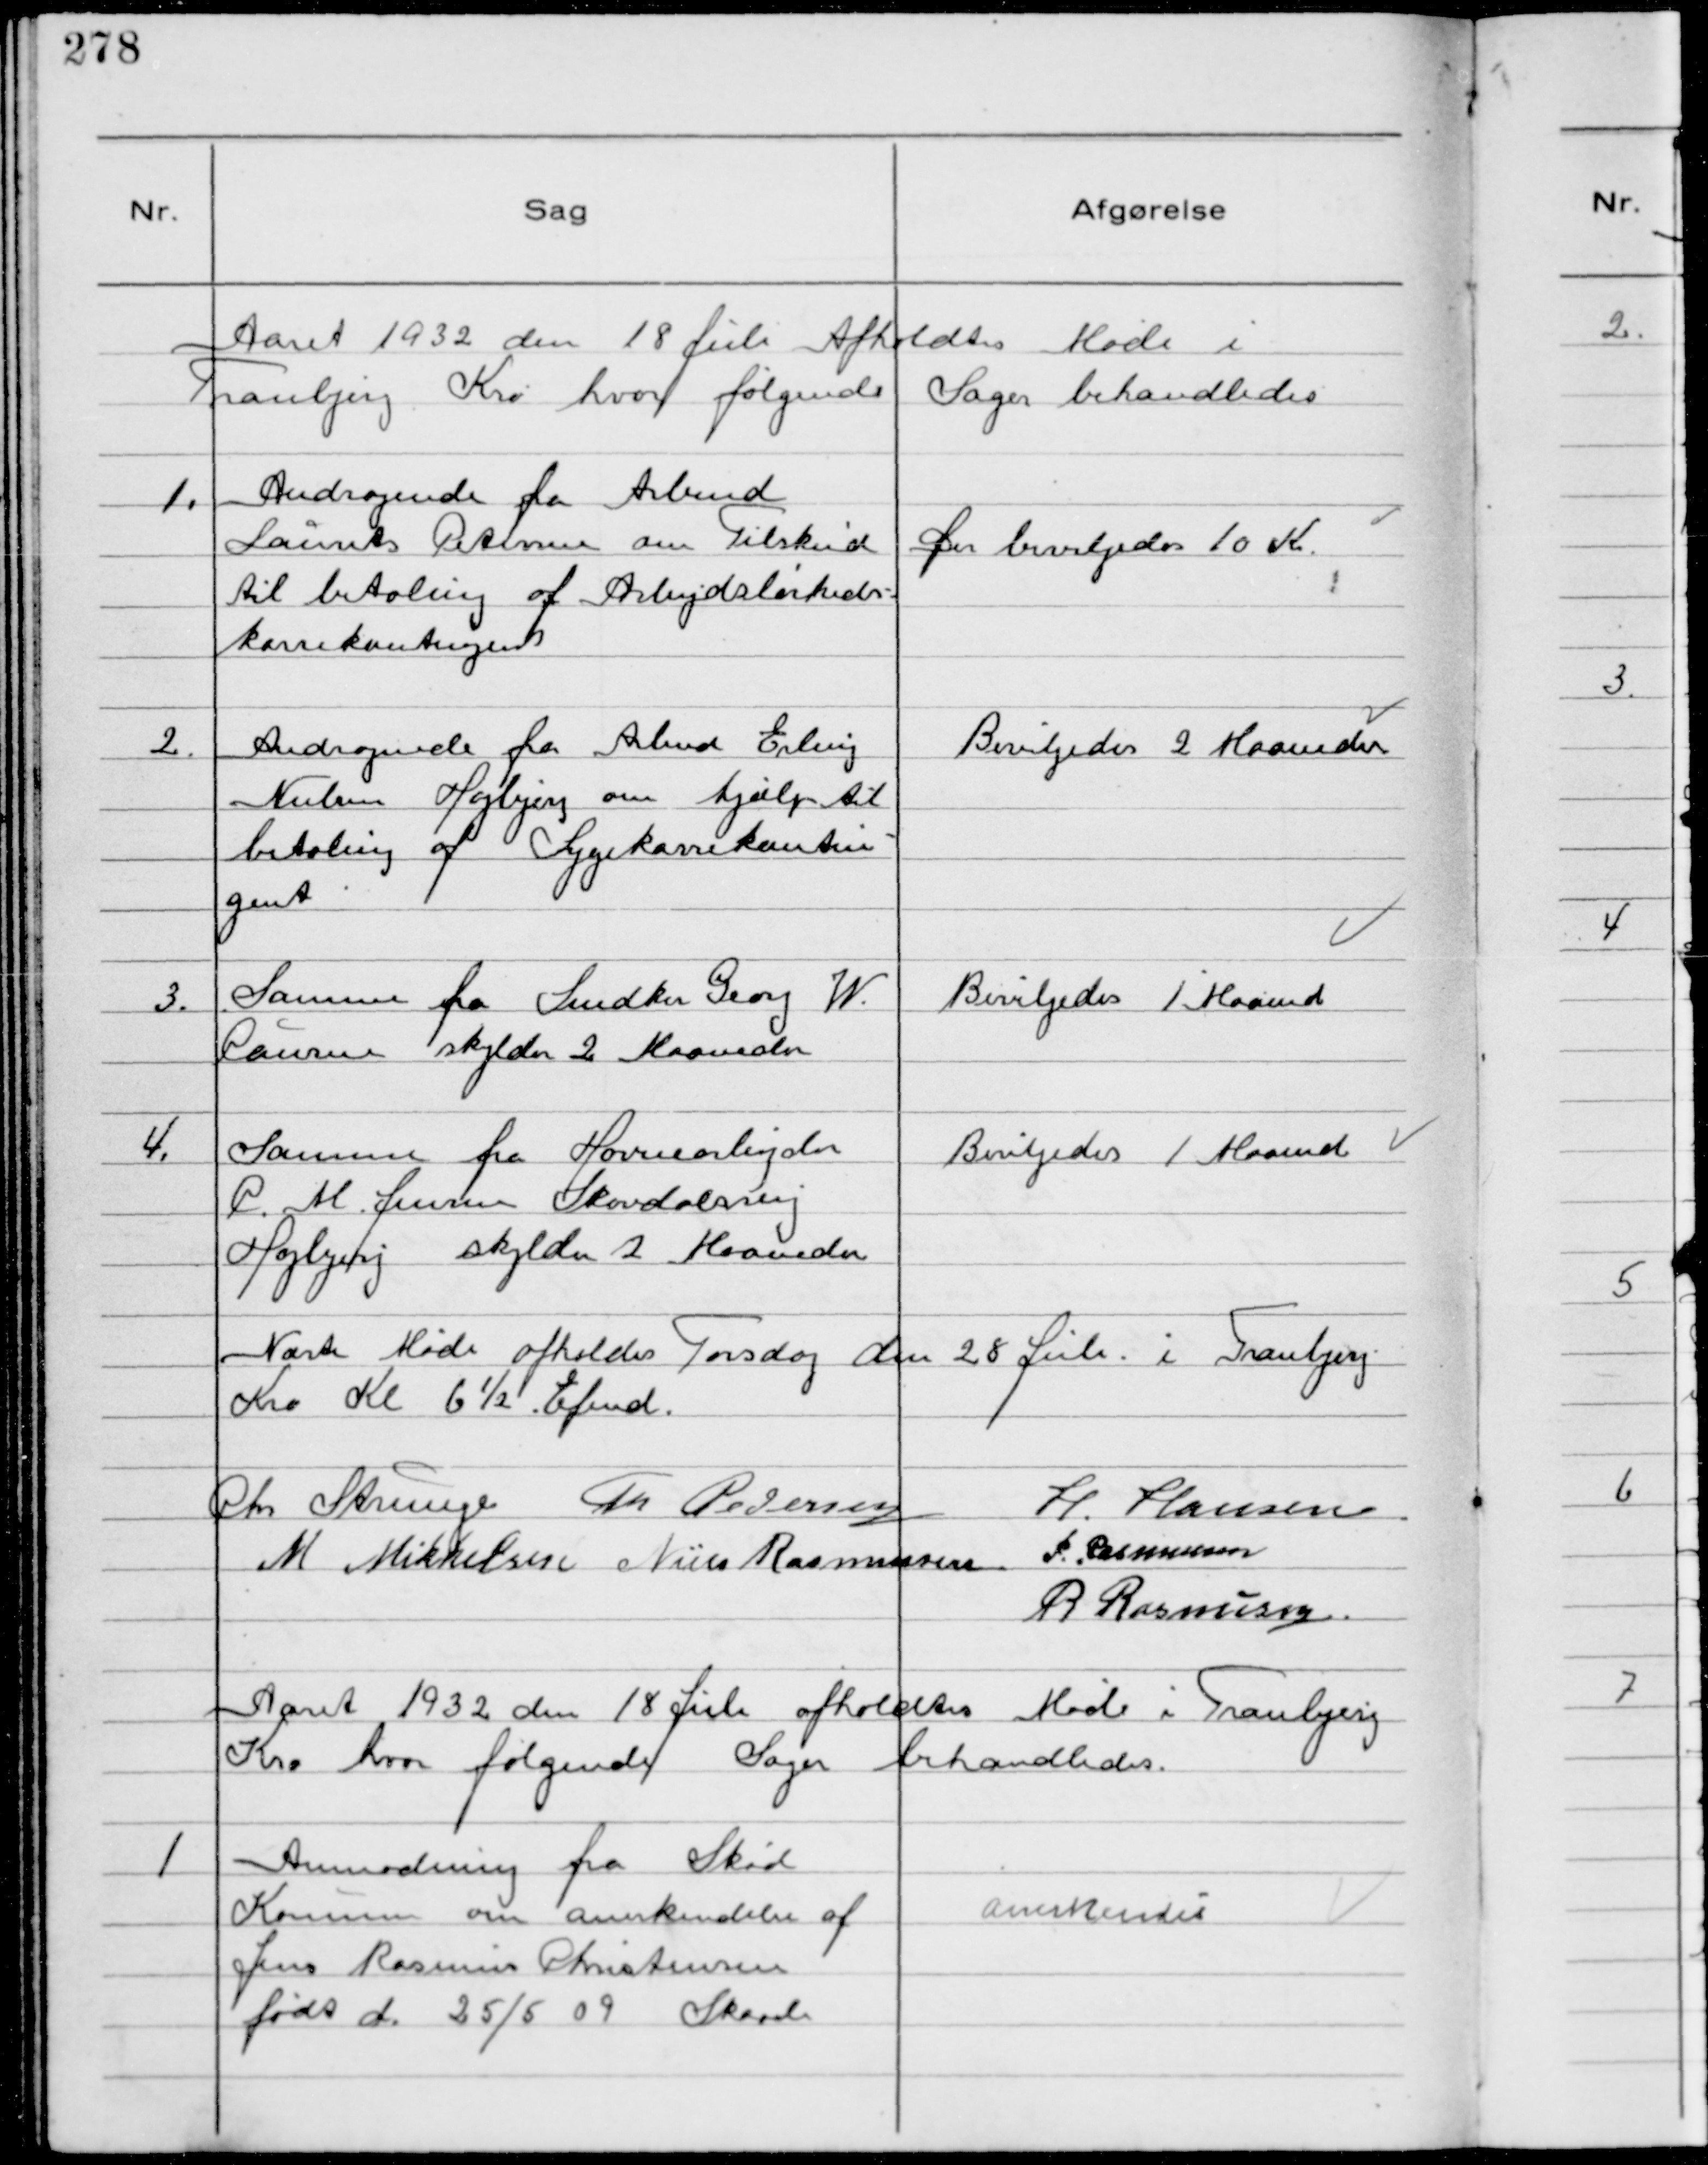
Transskription:
Aaret 1932 den 18 Juli Afholdtes Møde i
Tranbjerg Kro hvor følgende Sager behandledes

1.
Andragende fra Arbmd
Laurits Petersen om Tilskud
til Betaling af Arbejdsløsheds-
kassekontingent

Der bevilgedes 10 Kr

2.
Andragende fra Arbmd Erling
Nielsen Højbjerg om hjælp til
betaling af Sygekassekontin-
gent

Bevilgedes 2 Maaneder

3.
Samme fra Snedker Georg W.
Clausen skylder 2 Maaneder

Bevilgedes 1 Maaned

4.
Samme fra Havnearbejder
C. M.  Jensen Skovdalsvej
Højbjerg skylder 2 Maaneder

Bevilgedes 1 Maaned

Næste Møde afholdes Torsdag den 28 Juli i Tranbjerg
Kro Kl 6½ Efmd.
Chr Strunge Th Pedersen
H. Hansen
M Mikkelsen Niels Rasmussen
P. Rasmussen
R Rasmussen.

Aaret 1932 den 18 Juli afholdtes Møde i Tranbjerg
Kro hvor følgende Sager behandledes.

1
Anmodning fra Skød
Kommune om anerkendelse af
Jens Rasmus Christensen
født d. 25/5 09 Skaade

Anerkendes